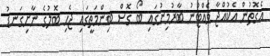
އެގޮތުން އެކުއްޖާ ވެއްޓުނު ބާރުމިނުގައި ބޯ ގޮސް ބިންމަތީގައި ޖެހި ބޮލުގެ ނާށިގަނޑު